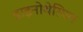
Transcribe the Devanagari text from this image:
डाइनोथेरियम